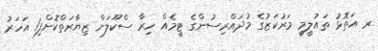
ރ އަތޮޅު ތައުލީމީ މަރުކަޒުގެ މުދައްރިސުންގެ ޓީމެއް ހިރާ ސްކޫލަށް ޒިޔާރަތްކޮށްފި1 އަހަރު